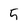
Character: 5